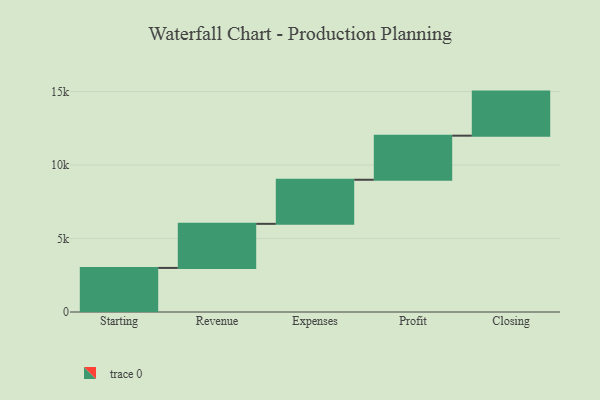
{"axis": {"x": "Step", "y": "Value"}, "legend": [""], "data": [{"x": "Starting", "y": 3000, "type": ""}, {"x": "Revenue", "y": 3000, "type": ""}, {"x": "Expenses", "y": 3000, "type": ""}, {"x": "Profit", "y": 3000, "type": ""}, {"x": "Closing", "y": 3000, "type": ""}]}